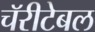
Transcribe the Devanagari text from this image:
चॅरीटेबल